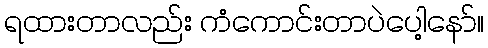
ရထားတာလည်း ကံကောင်းတာပဲပေါ့နော်။